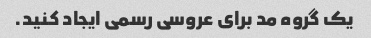
یک گروه مد برای عروسی رسمی ایجاد کنید.